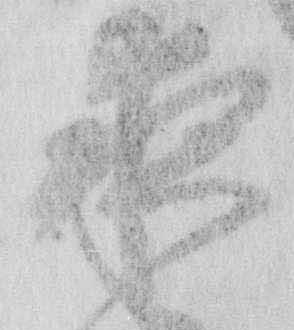
夜